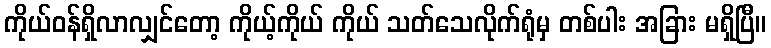
ကိုယ်ဝန်ရှိလာလျှင်တော့ ကိုယ့်ကိုယ် ကိုယ် သတ်သေလိုက်ရုံမှ တစ်ပါး အခြား မရှိပြီ။